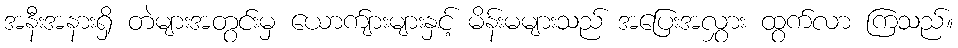
အနီးအနားရှိ တဲများအတွင်းမှ ယောက်ျားများနှင့် မိန်းမများသည် အပြေးအလွှား ထွက်လာ ကြသည်။